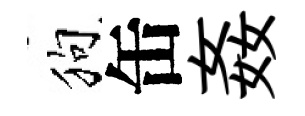
狗缶姦